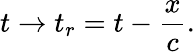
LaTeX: t\to t_{r}=t-\frac{x}{c}.